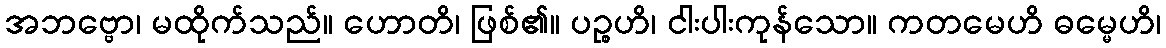
အဘဗ္ဗော၊ မထိုက်သည်။ ဟောတိ၊ ဖြစ်၏။ ပဉ္စဟိ၊ ငါးပါးကုန်သော။ ကတမေဟိ ဓမ္မေဟိ၊